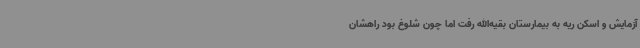
آزمایش و اسکن ریه به بیمارستان بقیه‌الله رفت اما چون شلوغ بود راهشان